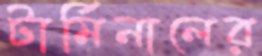
টার্মিনালের